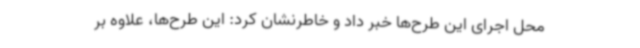
محل اجرای این طرح‌ها خبر داد و خاطرنشان کرد: این طرح‌ها، علاوه بر